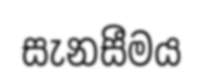
සැනසීමය